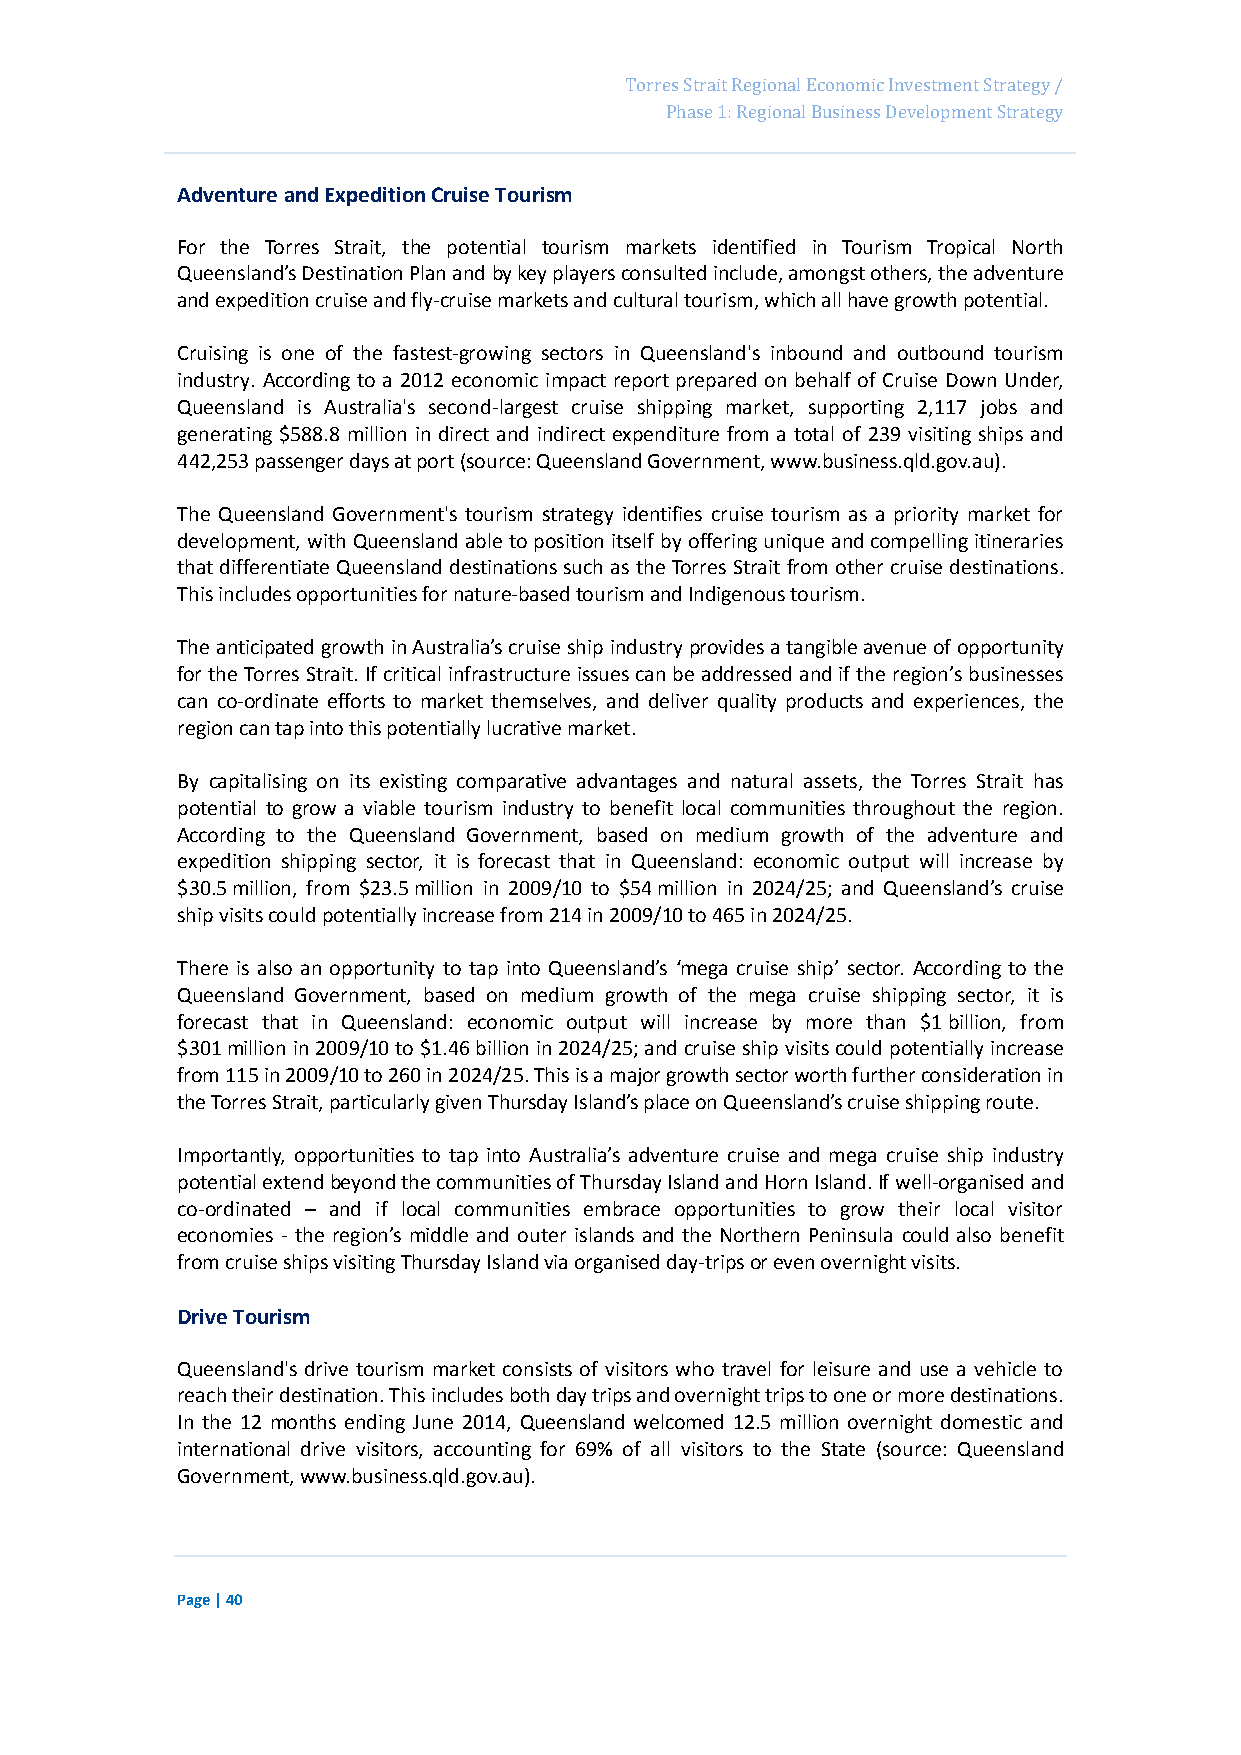
Page 56
 Torres Strait Regional Economic Investment Strategy /
 Phase 1: Regional Business Development Strategy
 Adventure and Expedition Cruise Tourism
 For the Torres Strait, the potential tourism markets identified in Tourism Tropical North
 Queensland’s Destination Plan and by key players consulted include, amongst others, the adventure
 and expedition cruise and fly-cruise markets and cultural tourism, which all have growth potential.
 Cruising is one of the fastest-growing sectors in Queensland's inbound and outbound tourism
 industry. According to a 2012 economic impact report prepared on behalf of Cruise Down Under,
 Queensland is Australia's second-largest cruise shipping market, supporting 2,117 jobs and
 generating $588.8 million in direct and indirect expenditure from a total of 239 visiting ships and
 442,253 passenger days at port (source: Queensland Government, www.business.qld.gov.au).
 The Queensland Government's tourism strategy identifies cruise tourism as a priority market for
 development, with Queensland able to position itself by offering unique and compelling itineraries
 that differentiate Queensland destinations such as the Torres Strait from other cruise destinations.
 This includes opportunities for nature-based tourism and Indigenous tourism.
 The anticipated growth in Australia’s cruise ship industry provides a tangible avenue of opportunity
 for the Torres Strait. If critical infrastructure issues can be addressed and if the region’s businesses
 can co-ordinate efforts to market themselves, and deliver quality products and experiences, the
 region can tap into this potentially lucrative market.
 By capitalising on its existing comparative advantages and natural assets, the Torres Strait has
 potential to grow a viable tourism industry to benefit local communities throughout the region.
 According to the Queensland Government, based on medium growth of the adventure and
 expedition shipping sector, it is forecast that in Queensland: economic output will increase by
 $30.5 million, from $23.5 million in 2009/10 to $54 million in 2024/25; and Queensland’s cruise
 ship visits could potentially increase from 214 in 2009/10 to 465 in 2024/25.
 There is also an opportunity to tap into Queensland’s ‘mega cruise ship’ sector. According to the
 Queensland Government, based on medium growth of the mega cruise shipping sector, it is
 forecast that in Queensland: economic output will increase by more than $1 billion, from
 $301 million in 2009/10 to $1.46 billion in 2024/25; and cruise ship visits could potentially increase
 from 115 in 2009/10 to 260 in 2024/25. This is a major growth sector worth further consideration in
 the Torres Strait, particularly given Thursday Island’s place on Queensland’s cruise shipping route.
 Importantly, opportunities to tap into Australia’s adventure cruise and mega cruise ship industry
 potential extend beyond the communities of Thursday Island and Horn Island. If well-organised and
 co-ordinated – and if local communities embrace opportunities to grow their local visitor
 economies - the region’s middle and outer islands and the Northern Peninsula could also benefit
 from cruise ships visiting Thursday Island via organised day-trips or even overnight visits.
 Drive Tourism
 Queensland's drive tourism market consists of visitors who travel for leisure and use a vehicle to
 reach their destination. This includes both day trips and overnight trips to one or more destinations.
 In the 12 months ending June 2014, Queensland welcomed 12.5 million overnight domestic and
 international drive visitors, accounting for 69% of all visitors to the State (source: Queensland
 Government, www.business.qld.gov.au).
 Page | 40